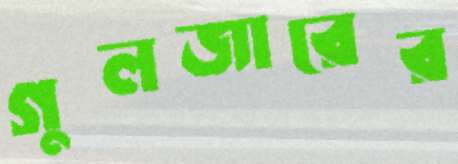
গুলজারের